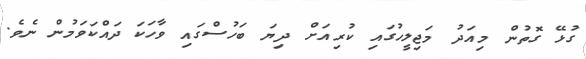
ގުޅޭ ގޮތުން މިއަދު މަޖިލީހުގައި ކުރިއަށް ދިޔަ ބަހުސްގައި ވާހަކަ ދައްކަވަމުން ނެވެ.